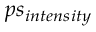
p s _ { i n t e n s i t y }